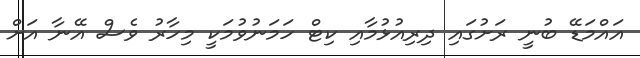
އައްމަޑޭ ބުނީ ރަށުގައި ދިރިއުޅުމާއި ކިޓް ހަމަނުވުމަކީ މިހާރު ވެސް އޭނާ އަށް